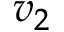
v _ { 2 }